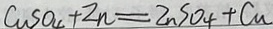
C u S O _ { 4 } + Z n = Z n S O _ { 4 } + C u